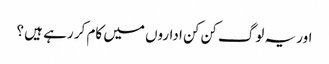
اور یہ لوگ کن کن اداروں میں کام کر رہے ہیں ؟